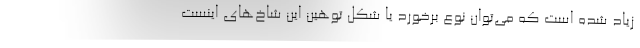
زیاد شده است که می‌توان نوع برخورد یا شکل توهین این شاخ‌های اینست